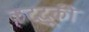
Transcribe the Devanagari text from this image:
कद्दूकी